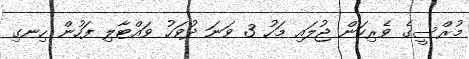
މުރްސީގެ ވެރިކަން ޖުލައި މަހު 3 ވަނަ ދުވަހު ވައްޓާލި ފަހުން ހިނގި